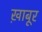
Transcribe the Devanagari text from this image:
ख़ाबूर